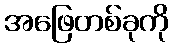
အဖြေတစ်ခုကို